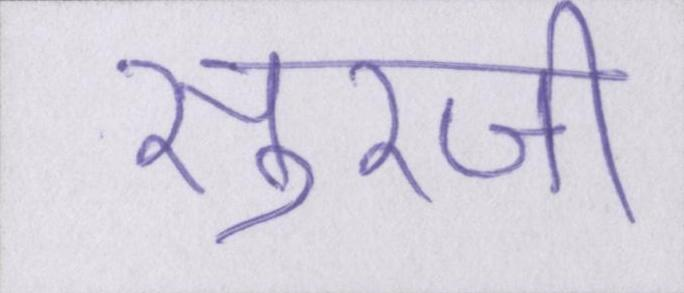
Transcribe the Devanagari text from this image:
सुरजी